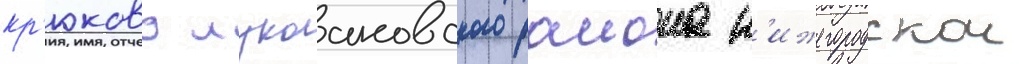
кр'юково лукоановского раиона н'ижегородскои